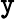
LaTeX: {\tt y}